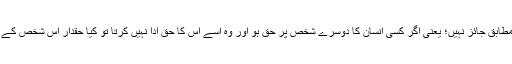
" يہ مسئلہ اہل علم كے ہاں " مسئلہ ظفر " ہاتھ لگنے كا مسئلہ كہلاتا ہے، اور راجح قول كے مطابق جائز نہيں؛ يعنى اگر كسى انسان كا دوسرے شخص پر حق ہو اور وہ اسے اس كا حق ادا نہيں كرتا تو كيا حقدار اس شخص كے مال پر اگر قادر ہو اور اسے مل جائے تو وہ اپنے حق كے مطابق مال لے سكتا ہے يا نہيں ؟